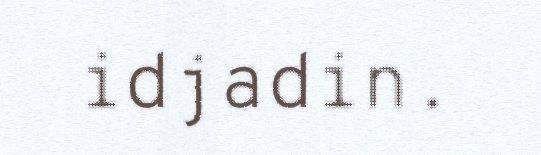
idjadin.